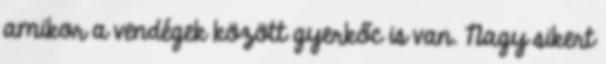
amikor a vendégek között gyerkőc is van. Nagy sikert